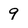
Character: 9